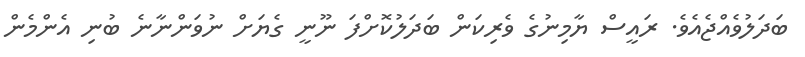
ބަދަލުވެއްޖެއެވެ. ރައީސް ޔާމިނުގެ ވެރިކަން ބަދަލުކޮށްފަ ނޫނީ ގެޔަށް ނުވަންނާނެ ބުނި އެންމެން